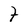
Character: t